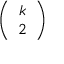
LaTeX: \left( \begin{array} { c } { { k } } \\ { { 2 } } \end{array} \right)